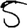
Digit: 5